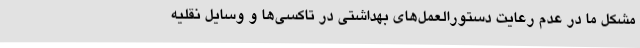
مشکل ما در عدم رعایت دستورالعمل‌های بهداشتی در تاکسی‌ها و وسایل نقلیه